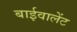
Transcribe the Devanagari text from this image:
बाईवालेंट